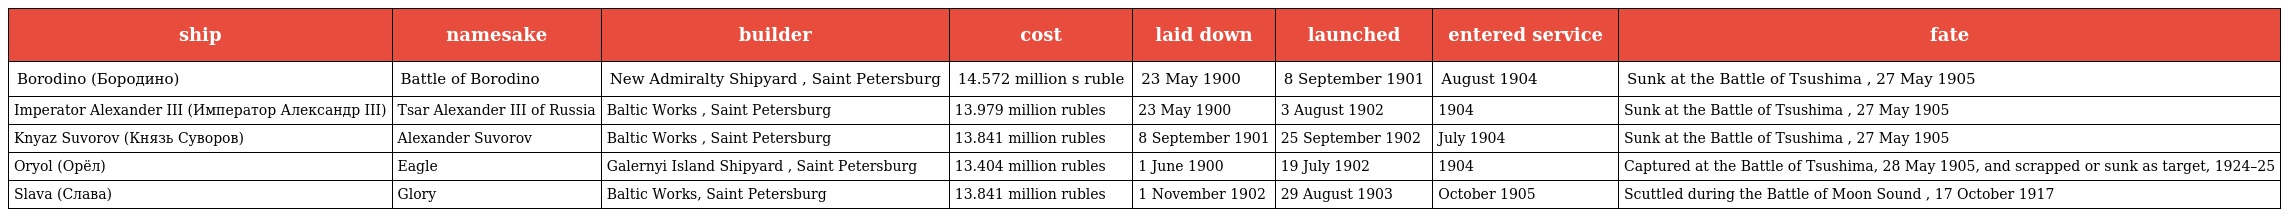
| ship | namesake | builder | cost | laid down | launched | entered service | fate |
 | --- | --- | --- | --- | --- | --- | --- | --- |
 | Borodino (Бородино) | Battle of Borodino | New Admiralty Shipyard , Saint Petersburg | 14.572 million s ruble | 23 May 1900 | 8 September 1901 | August 1904 | Sunk at the Battle of Tsushima , 27 May 1905 |
 | Imperator Alexander III (Император Александр III) | Tsar Alexander III of Russia | Baltic Works , Saint Petersburg | 13.979 million rubles | 23 May 1900 | 3 August 1902 | 1904 | Sunk at the Battle of Tsushima , 27 May 1905 |
 | Knyaz Suvorov (Князь Суворов) | Alexander Suvorov | Baltic Works , Saint Petersburg | 13.841 million rubles | 8 September 1901 | 25 September 1902 | July 1904 | Sunk at the Battle of Tsushima , 27 May 1905 |
 | Oryol (Орёл) | Eagle | Galernyi Island Shipyard , Saint Petersburg | 13.404 million rubles | 1 June 1900 | 19 July 1902 | 1904 | Captured at the Battle of Tsushima, 28 May 1905, and scrapped or sunk as target, 1924–25 |
 | Slava (Слава) | Glory | Baltic Works, Saint Petersburg | 13.841 million rubles | 1 November 1902 | 29 August 1903 | October 1905 | Scuttled during the Battle of Moon Sound , 17 October 1917 |